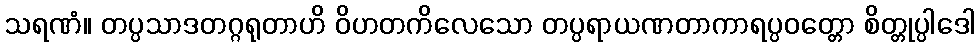
သရဏံ။ တပ္ပသာဒတဂ္ဂရုတာဟိ ဝိဟတကိလေသော တပ္ပရာယဏတာကာရပ္ပဝတ္တော စိတ္တုပ္ပါဒေါ